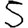
Digit: 5